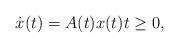
LaTeX: \begin{align*} \dot x(t) = A(t)x(t)t\geq 0,\end{align*}